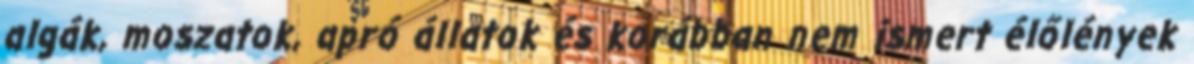
algák, moszatok, apró állatok és korábban nem ismert élőlények